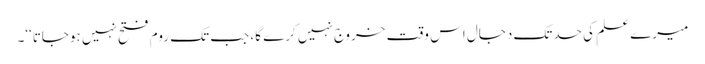
میرے علم کی حدتک دجال اس وقت خروج نہیں کرے گا، جب تک روم فتح نہیں ہوجاتا‘‘۔